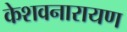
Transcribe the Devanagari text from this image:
केशवनारायण